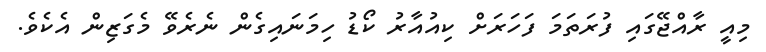
މިއީ ރާއްޖޭގައި ފުރަތަމަ ފަހަރަށް ކިއުއާރު ކޯޑު ހިމަނައިގެން ނެރެވޭ މެގަޒިން އެކެވެ.